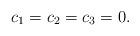
LaTeX: \begin{align*}c_{1}=c_{2}=c_{3}=0.\end{align*}